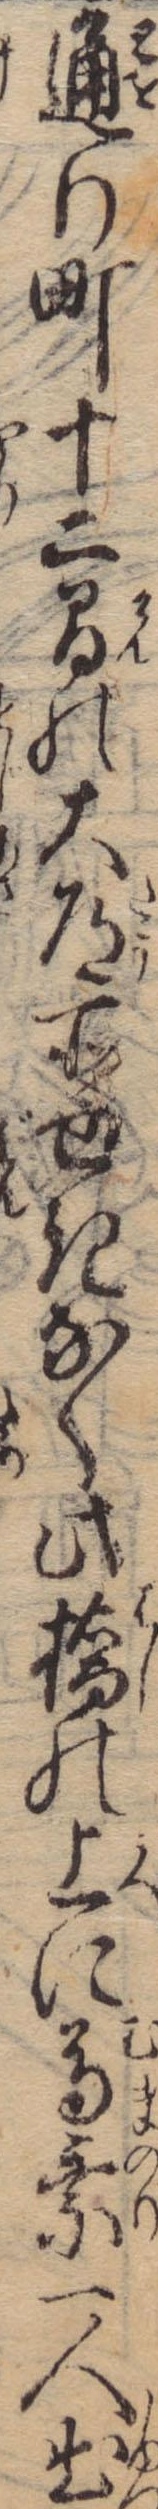
通り町十二間の大道所せきなく此橋の上に馬乗一人出